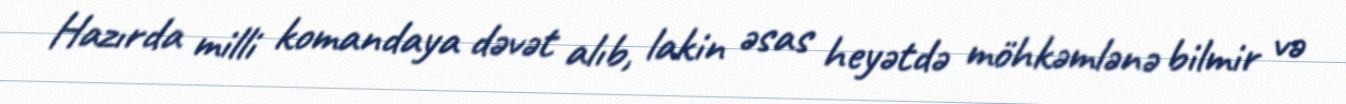
Hazırda milli komandaya dəvət alıb, lakin əsas heyətdə möhkəmlənə bilmir və